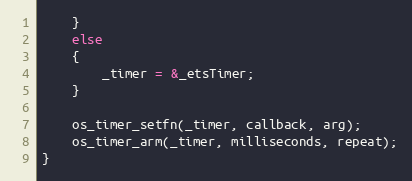
Language: C++
    }
    else
    {
        _timer = &_etsTimer;
    }

    os_timer_setfn(_timer, callback, arg);
    os_timer_arm(_timer, milliseconds, repeat);
}